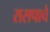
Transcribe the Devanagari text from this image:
रासपाचे